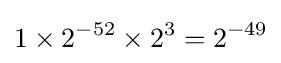
1\times 2^{-52}\times 2^{3}=2^{-49}